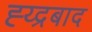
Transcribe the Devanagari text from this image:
ह्य्द्रबाद